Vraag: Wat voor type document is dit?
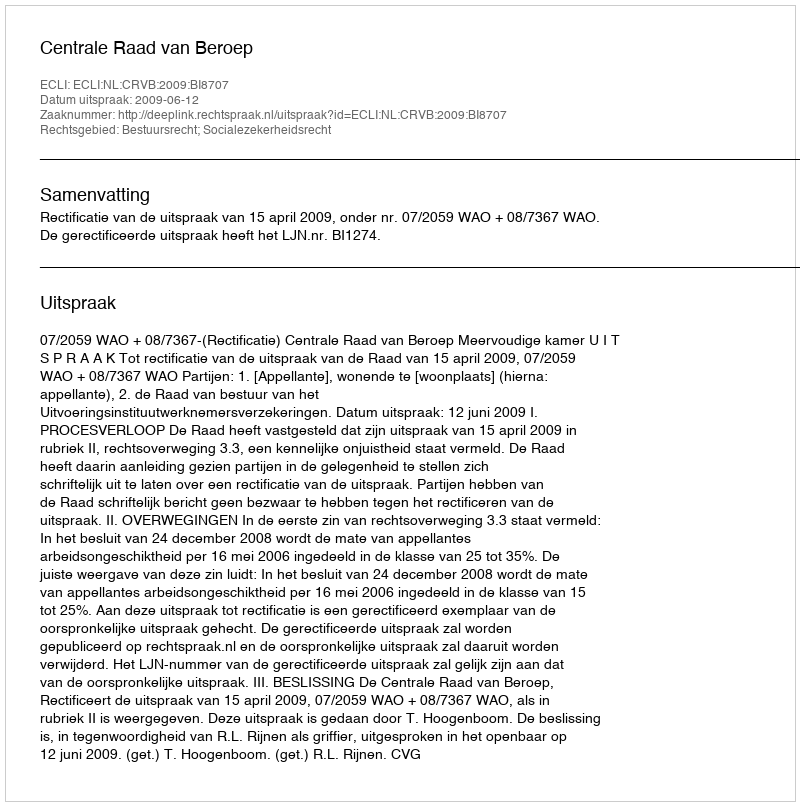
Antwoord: Uitspraak